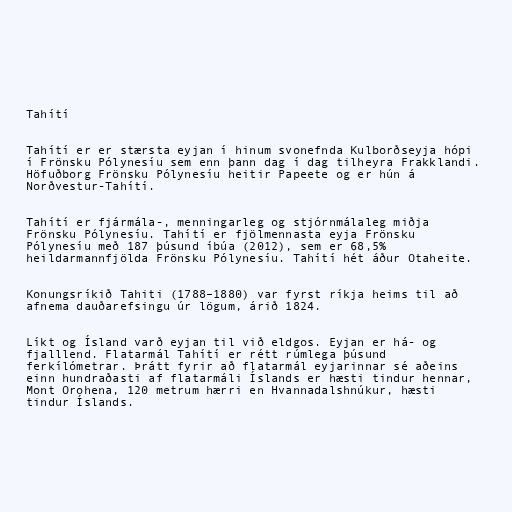
Tahítí

Tahítí er er stærsta eyjan í hinum svonefnda Kulborðseyja hópi
í Frönsku Pólynesíu sem enn þann dag í dag tilheyra Frakklandi.
Höfuðborg Frönsku Pólynesíu heitir Papeete og er hún á
Norðvestur-Tahítí.

Tahítí er fjármála-, menningarleg og stjórnmálaleg miðja
Frönsku Pólynesíu. Tahítí er fjölmennasta eyja Frönsku
Pólynesíu með 187 þúsund íbúa (2012), sem er 68,5%
heildarmannfjölda Frönsku Pólynesíu. Tahítí hét áður Otaheite.

Konungsríkið Tahiti (1788–1880) var fyrst ríkja heims til að
afnema dauðarefsingu úr lögum, árið 1824.

Líkt og Ísland varð eyjan til við eldgos. Eyjan er há- og
fjalllend. Flatarmál Tahítí er rétt rúmlega þúsund
ferkílómetrar. Þrátt fyrir að flatarmál eyjarinnar sé aðeins
einn hundraðasti af flatarmáli Íslands er hæsti tindur hennar,
Mont Orohena, 120 metrum hærri en Hvannadalshnúkur, hæsti
tindur Íslands.